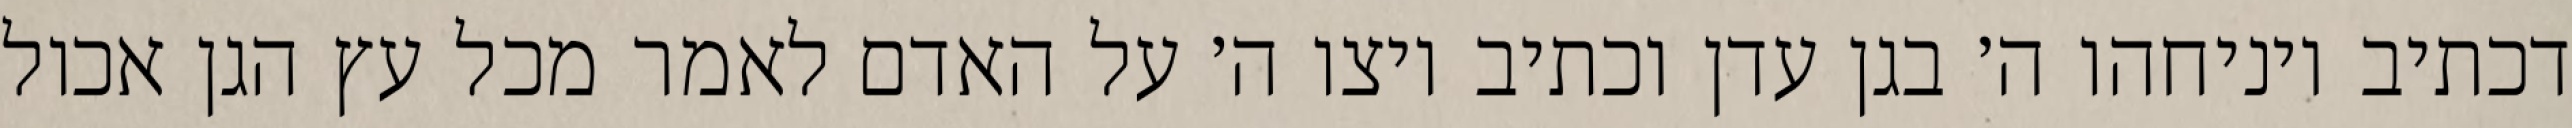
דכתיב ויניחהו ה׳ בגן עדן וכתיב ויצו ה׳ על האדם לאמר מכל עץ הגן אכול